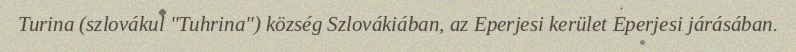
Turina (szlovákul "Tuhrina") község Szlovákiában, az Eperjesi kerület Eperjesi járásában.